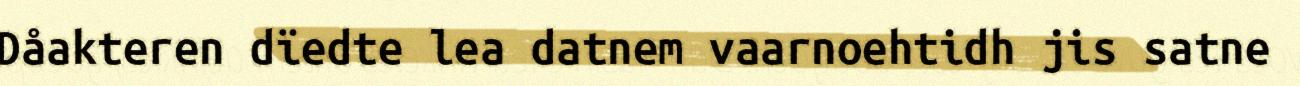
Dåakteren dïedte lea datnem vaarnoehtidh jis satne